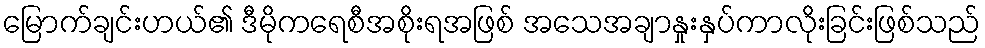
မြောက်ချင်းဟယ်၏ ဒီမိုကရေစီအစိုးရအဖြစ် အသေအချာနှုးနှပ်ကာလိုးခြင်းဖြစ်သည်